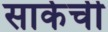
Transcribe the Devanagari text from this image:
सार्कची